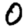
Digit: 0